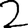
Digit: 2